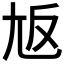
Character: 𡯘